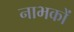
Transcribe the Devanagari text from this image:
नाभकों